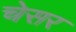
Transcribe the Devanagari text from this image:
चेसर